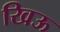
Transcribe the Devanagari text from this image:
खिऊ